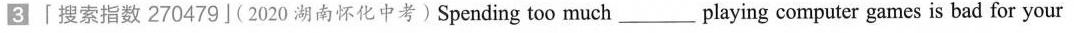
3「搜索指数 270479」(2020 湖南怀化中考)Spending too much_ playing computer games is bad for your